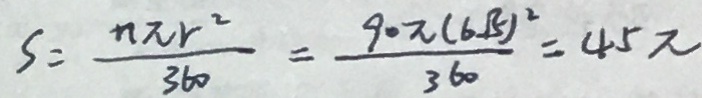
S = \frac { n \pi r ^ { 2 } } { 3 6 0 } = \frac { 9 0 \pi ( 6 \sqrt { 5 } ) ^ { 2 } } { 3 6 0 } = 4 5 \pi